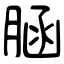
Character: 𦜆